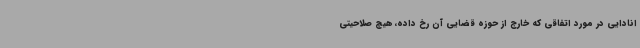
انادایی در مورد اتفاقی که خارج از حوزه قضایی آن رخ داده، هیچ صلاحیتی